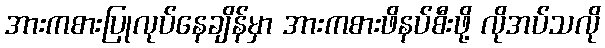
အားကစားပြုလုပ်နေချိန်မှာ အားကစားဖိနပ်စီးဖို့ လိုအပ်သလို